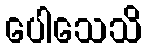
ပေါသေသိ